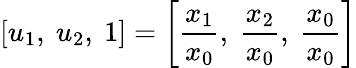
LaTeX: [u_{1},\ u_{2},\ 1]=\left[{\frac{x_{1}}{x_{0}}},\ {\frac{x_{2}}{x_{0}}},\ {\frac{x_{0}}{x_{0}}}\right]